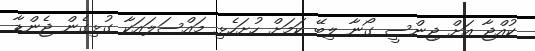
ކުއްޖާ އަށް ޖިންސީ ގޯނާ ލިބޭ ކަމަށް ހުށަހެޅި މައްސަލައަކާ ގުޅިގެން ޖެންޑާ